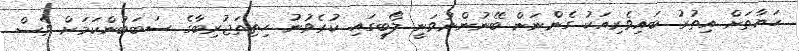
ހަޔާތަށް އިތުރު ބައިވެރިއަކު ގެންނަން ބޭނުންނުވަނީ ލޯބީގައި ކުރެވުނު ހިތިތަޖުރިބާގެ ސަބަބުންކަމަށް ވެސް